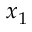
x _ { 1 }